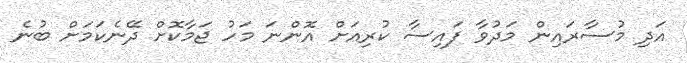
އަދި މުސާރައިން މަދުވާ ފައިސާ ކުރިއަށް އޮންނަ މަހު ޖަމާކޮށް ދޭނެކަމަށް ބުނެ